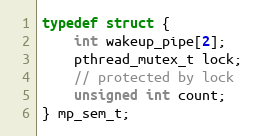
Language: C
typedef struct {
    int wakeup_pipe[2];
    pthread_mutex_t lock;
    // protected by lock
    unsigned int count;
} mp_sem_t;